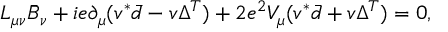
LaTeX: L _ { \mu \nu } \bar { B } _ { \nu } + i e \partial _ { \mu } ( v ^ { * } \bar { d } - v \Delta ^ { T } ) + 2 e ^ { 2 } V _ { \mu } ( v ^ { * } \bar { d } + v \Delta ^ { T } ) = 0 ,